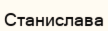
Станислава